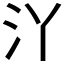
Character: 𱥰